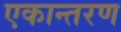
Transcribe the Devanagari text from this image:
एकान्तरण